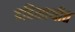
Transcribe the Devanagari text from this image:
दहिसाथीत